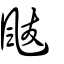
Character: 颰